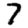
Digit: 7